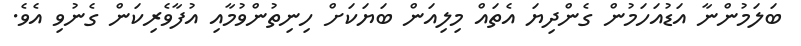
ބަލަމުންނާ އަޑުއަހަމުން ގެންދިޔަ އެތައް މިލިއަން ބަޔަކަށް ހިނިތުންވުމާއި އުފާވެރިކަން ގެނުވި އެވެ.